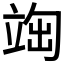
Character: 𥪃